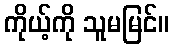
ကိုယ့်ကို သူမမြင်။